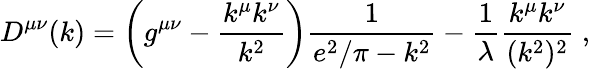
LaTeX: D^{\mu\nu}(k)=\left(g^{\mu\nu}-\frac{k^{\mu}k^{\nu}}{k^{2}}\right)\frac{1}{e^{2}/\pi-k^{2}}-\frac{1}{\lambda}\frac{k^{\mu}k^{\nu}}{(k^{2})^{2}}\; ,